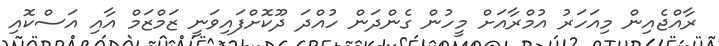
ރާއްޖެއިން މިއަހަަރު އުމްރާއަށް މީހުން ގެންދަން ހުއްދަ ދޫކޮށްފައިވަނީ ޒަމްޒަމް އާއި އަސްކޮއި